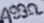
Text: 499Ω